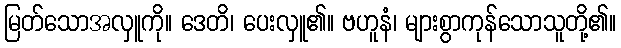
မြတ်သောအလှူကို။ ဒေတိ၊ ပေးလှူ၏။ ဗဟူနံ၊ များစွာကုန်သောသူတို့၏။